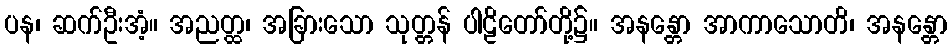
ပန၊ ဆက်ဦးအံ့။ အညတ္ထ၊ အခြားသော သုတ္တန် ပါဠိတော်တို့၌။ အနန္တော အာကာသောတိ၊ အနန္တော